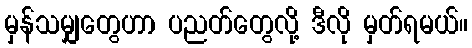
မှန်သမျှတွေဟာ ပညတ်တွေလို့ ဒီလို မှတ်ရမယ်။